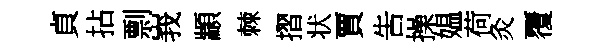
貞拈剽峩顓棘摺状賈吿操媪荷灸覆